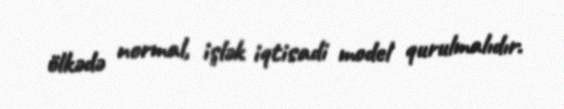
ölkədə normal, işlək iqtisadi model qurulmalıdır.